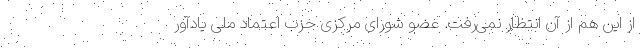
از این هم از آن انتظار نمی‌رفت. عضو شورای مرکزی حزب اعتماد ملی یادآور